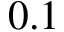
0 . 1